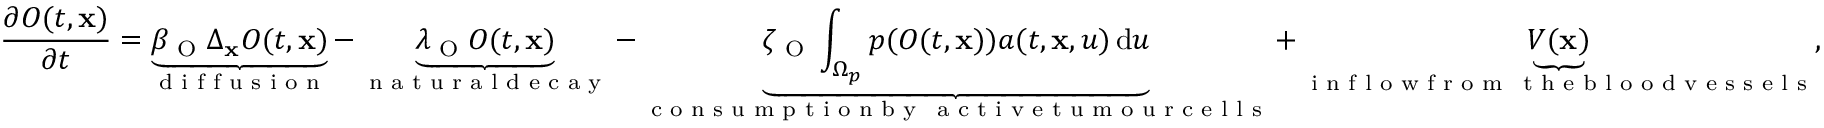
\frac { \partial O ( t , \mathbf { x } ) } { \partial t } = \underbrace { \beta _ { \textup { O } } \Delta _ { \mathbf { x } } O ( t , \mathbf { x } ) } _ { \textup { d i f f u s i o n } } - \underbrace { \lambda _ { \textup { O } } O ( t , \mathbf { x } ) } _ { \textup { n a t u r a l d e c a y } } - \underbrace { \zeta _ { \textup { O } } \int _ { \Omega _ { p } } p ( O ( t , \mathbf { x } ) ) a ( t , \mathbf { x } , u ) \, \mathrm { d } u } _ { \substack { \textup { c o n s u m p t i o n b y } \, \textup { a c t i v e t u m o u r c e l l s } } } + \underbrace { V ( \mathbf { x } ) } _ { \substack { \textup { i n f l o w f r o m } \, \textup { t h e b l o o d v e s s e l s } } } ,